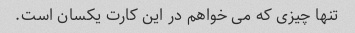
تنها چیزی که می خواهم در این کارت یکسان است.